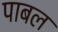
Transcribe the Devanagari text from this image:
पाबल